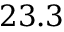
2 3 . 3